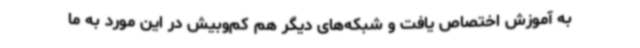
به آموزش اختصاص یافت و شبکه‌های دیگر هم کم‌وبیش در این مورد به ما